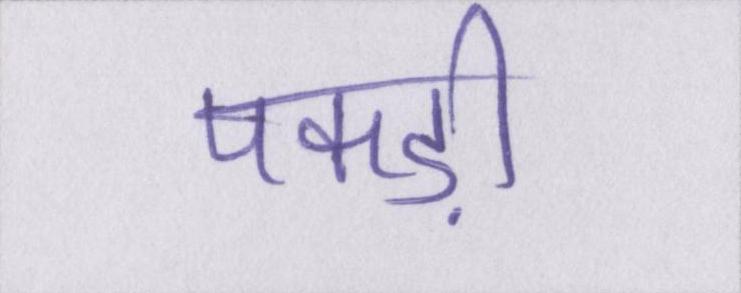
पकड़ी